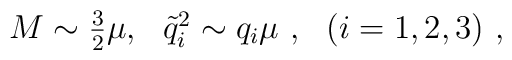
M\sim \textstyle{3\over 2}\mu, \ \   {\tilde q}_i^2\sim q_i\mu\ , \ \ (i=1,2,3) \ ,